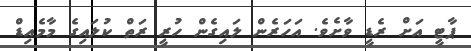
ޕާޓީ އަށް ރެޑީ ވާށެވެ. އަހަރެން ލައިގެން ހުރީ ރަތް ކުލައިގެ މާމެއިޑް